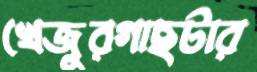
খেজুরগাছটার